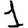
Digit: 1